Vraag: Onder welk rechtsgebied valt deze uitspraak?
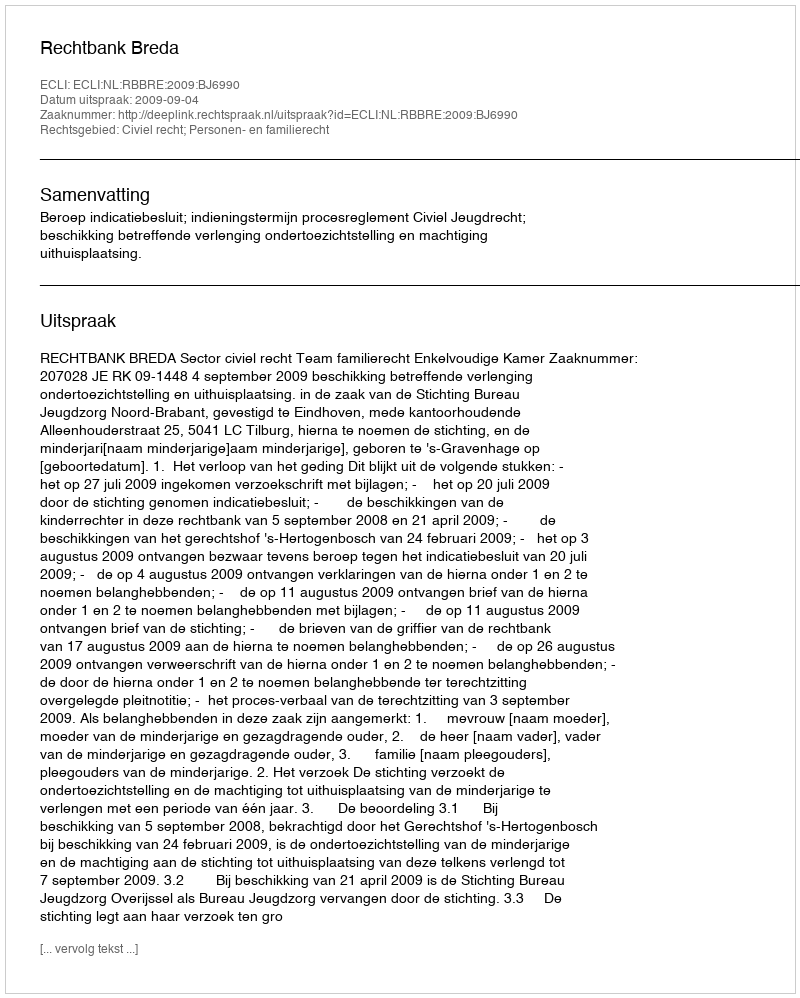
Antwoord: Civiel recht; Personen- en familierecht